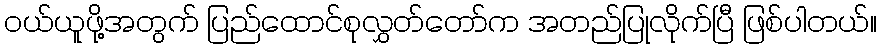
ဝယ်ယူဖို့အတွက် ပြည်ထောင်စုလွှတ်တော်က အတည်ပြုလိုက်ပြီ ဖြစ်ပါတယ်။